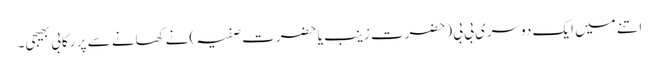
اتنے میں ایک دوسری بی بی (حضرت زینب یا حضرت صفیہ )نے کھانے سے پر رکابی بھیجی۔